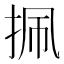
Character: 㧩